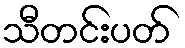
သီတင်းပတ်